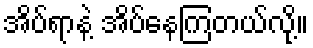
အိပ်ရာနဲ့ အိပ်နေကြတယ်လို့။